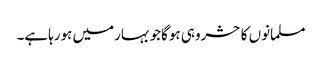
مسلمانوں کاحشروہی ہوگاجوبہارمیں ہورہاہے۔